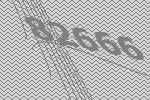
82666